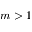
m > 1